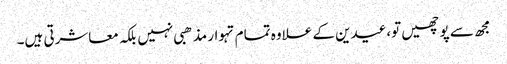
مجھ سے پوچھیں تو،عیدین کے علاوہ تمام تہوار مذھبی نہیں بلکہ معاشرتی ہیں۔